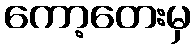
ကော့တေးမှ